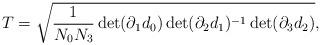
LaTeX: \begin{align*}T=\sqrt{\frac{1}{N_0 N_3}\det(\partial_1 d_0)\det(\partial_2d_1)^{-1}\det(\partial_3d_2)},\end{align*}